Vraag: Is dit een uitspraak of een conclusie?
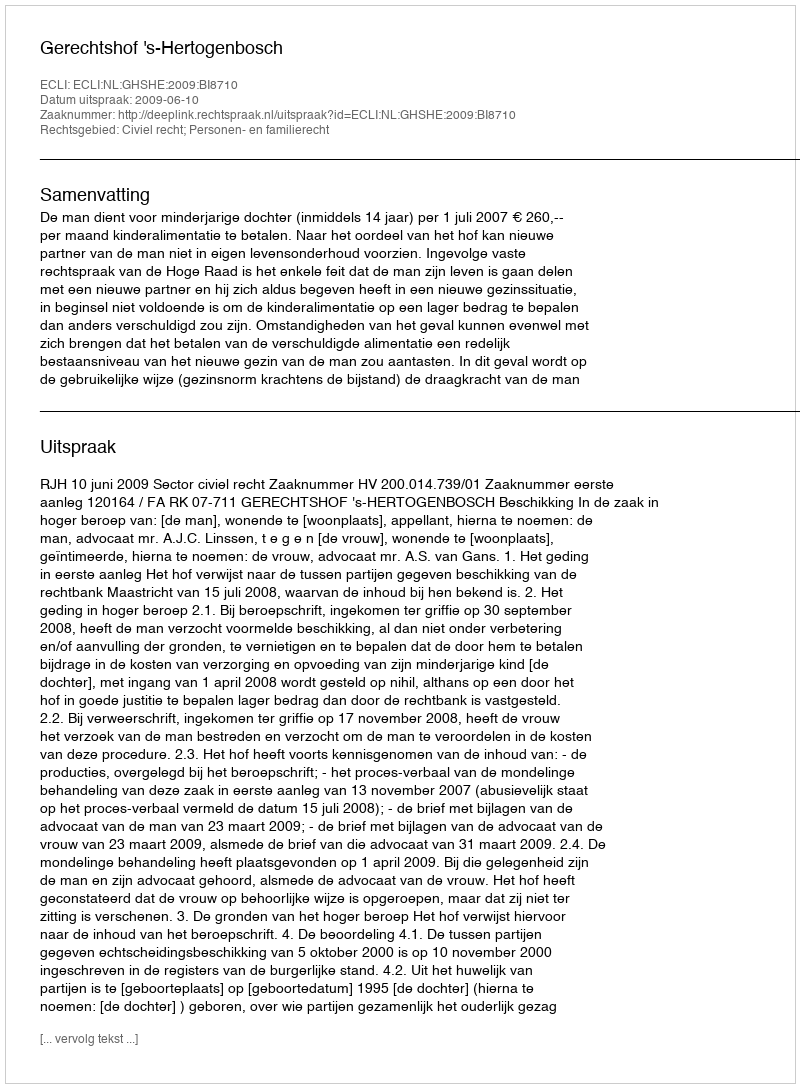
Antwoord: Uitspraak